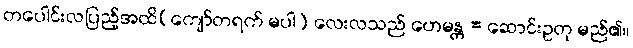
တပေါင်းလပြည့်အထိ(ကျော်တရက် မပါ) လေးလသည် ဟေမန္တ = ဆောင်းဥတု မည်၏။